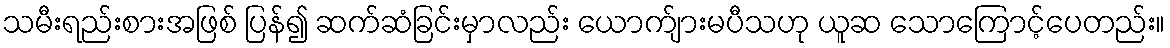
သမီးရည်းစားအဖြစ် ပြန်၍ ဆက်ဆံခြင်းမှာလည်း ယောက်ျားမပီသဟု ယူဆ သောကြောင့်ပေတည်း။